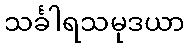
သင်္ခါရသမုဒယာ